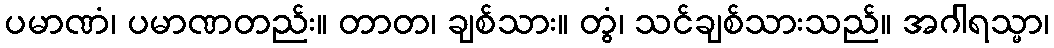
ပမာဏံ၊ ပမာဏတည်း။ တာတ၊ ချစ်သား။ တွံ၊ သင်ချစ်သားသည်။ အဂါရသ္မာ၊